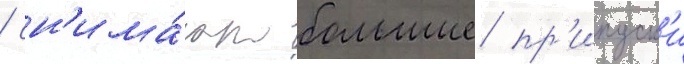
/ сн'има́ют большие пр'ипуск'и